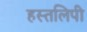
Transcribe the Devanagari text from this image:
हस्तलिपी